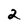
Character: 2